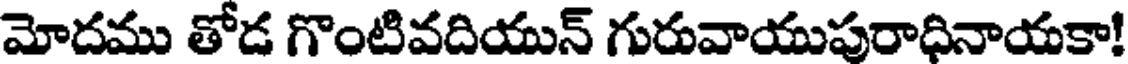
మోదము తోడ గొంటివదియున్ గురువాయుపురాధినాయకా!